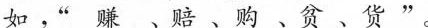
如，”赚、赔、购、贫、货”。